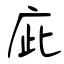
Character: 庛